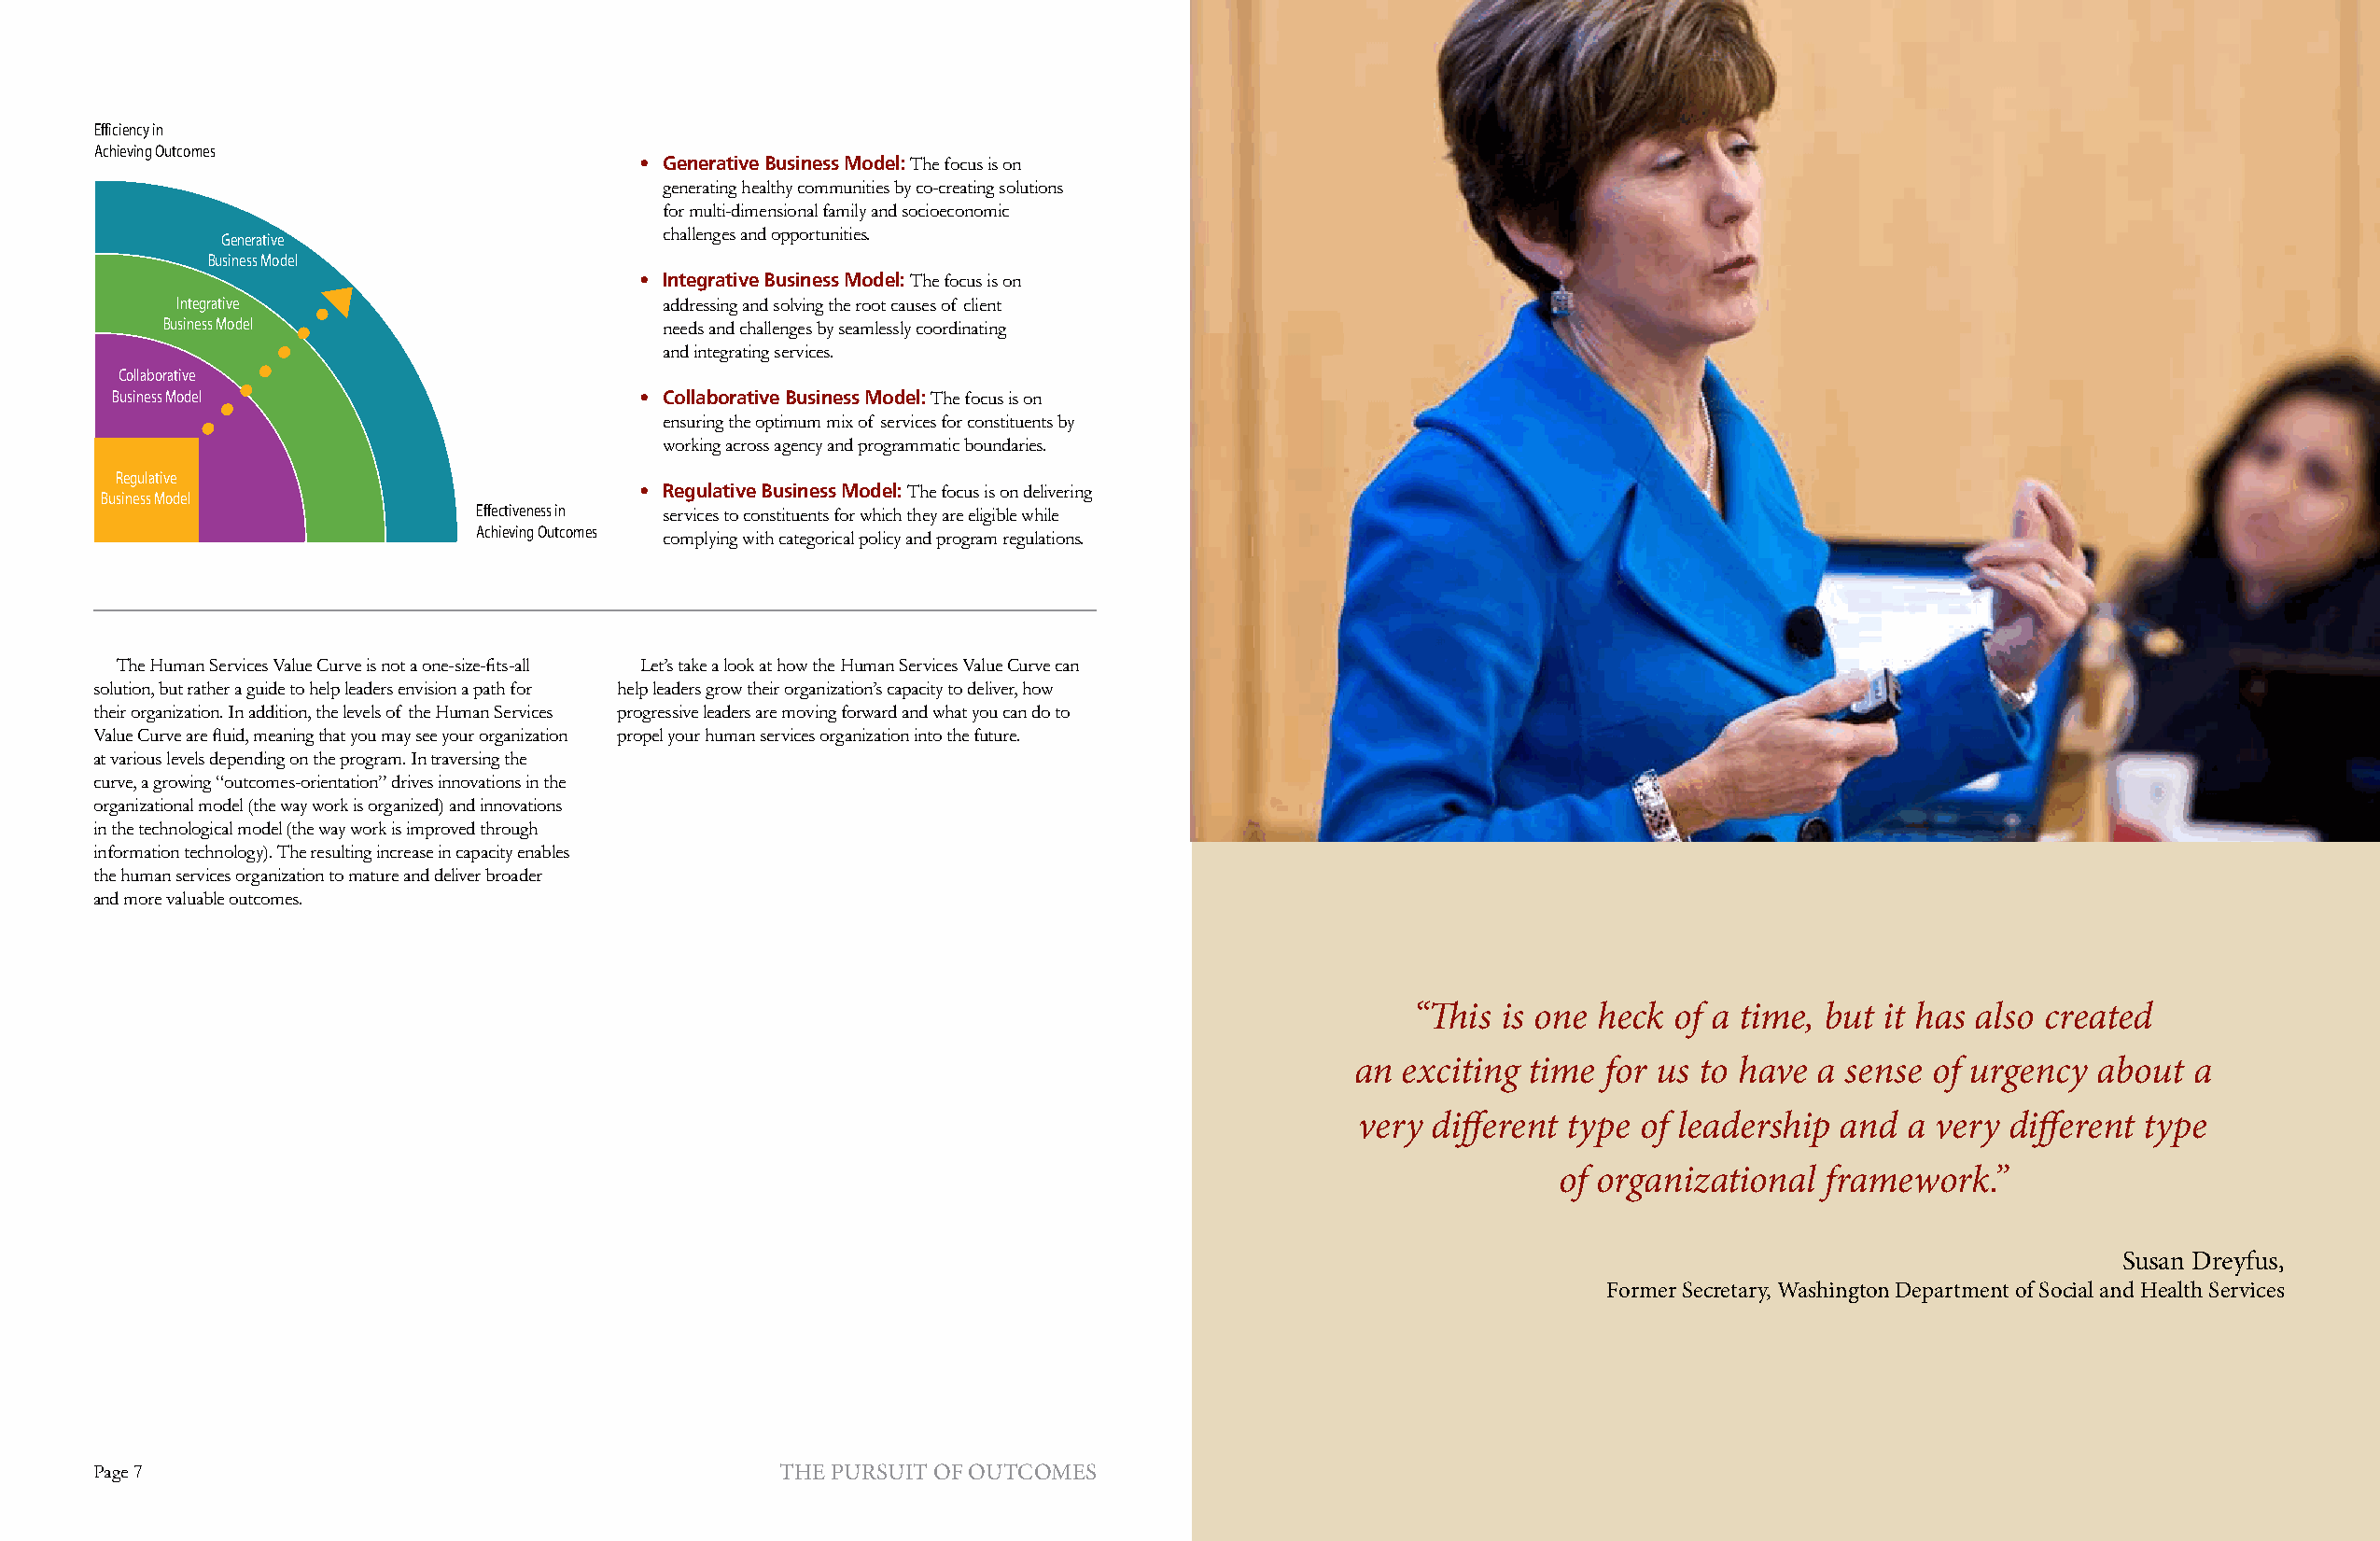
Efficiency in
 Achieving Outcomes
 • Generative Business Model: the focus is on
 generating healthy communities by co-creating solutions
 for multi-dimensional family and socioeconomic
 Generative                     challenges and opportunities.
 Business Model
 • Integrative Business Model: the focus is on
 Integrative                       addressing and solving the root causes of client
 Business Model                     needs and challenges by seamlessly coordinating
 and integrating services.
 Collaborative
 Business Model                       • Collaborative Business Model: the focus is on
 ensuring the optimum mix of services for constituents by
 working across agency and programmatic boundaries.
 Regulative
 • Regulative Business Model: the focus is on delivering
 Business Model
 Effectiveness in services to constituents for which they are eligible while
 Achieving Outcomes
 complying with categorical policy and program regulations.
 The Human Services Value Curve is not a one-size-fits-all Let’s take a look at how the human Services value curve can
 solution, but rather a guide to help leaders envision a path for help leaders grow their organization’s capacity to deliver, how
 their organization. in addition, the levels of the human Services progressive leaders are moving forward and what you can do to
 Value Curve are fluid, meaning that you may see your organization propel your human services organization into the future.
 at various levels depending on the program. in traversing the
 curve, a growing “outcomes-orientation” drives innovations in the
 organizational model (the way work is organized) and innovations
 in the technological model (the way work is improved through
 information technology). the resulting increase in capacity enables
 the human services organization to mature and deliver broader
 and more valuable outcomes.
 “This is one heck  of a time, but it has also created
 an exciting time  for us to have a sense of urgency  about  a
 very  different type of leadership and a very  different type
 of organizational framework.”
 susan Dreyfus,
 former secretary, Washington Department of social and health services
 page 7                                          The pursuiT of ouTcomes             Leadership For A Networked World                                    page 8